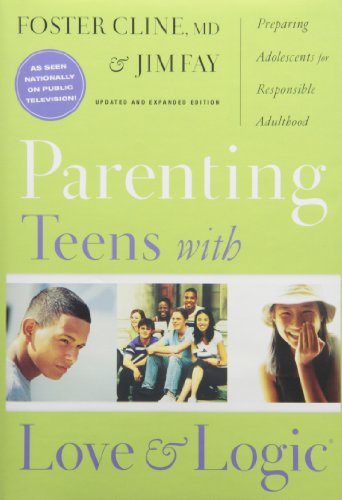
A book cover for Parenting Teens With Love And Logic: Preparing Adolescents for Responsible Adulthood, Updated and Expanded Edition; Foster Cline; Parenting & Relationships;